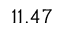
1 1 . 4 7